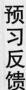
预习反馈